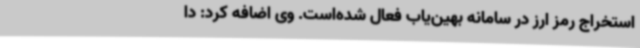
استخراج رمز ارز در سامانه بهین‌یاب فعال شده‌است. وی اضافه کرد: دا